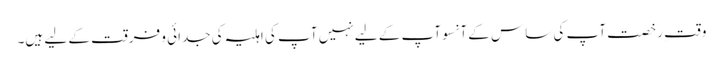
وقتِ رخصت آپ کی ساس کے آنسوآپ کے لیے نہیں آپ کی اہلیہ کی جدائی و فرقت کے لیے ہیں۔